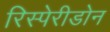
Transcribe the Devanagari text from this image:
रिस्पेरीडोन